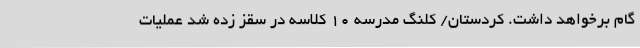
گام برخواهد داشت. کردستان/ کلنگ مدرسه ۱۰ کلاسه در سقز زده شد عملیات